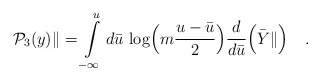
\begin{align*}{\cal P}_3(y)\|=\int\limits^u_{-\infty}d{\bar u}\,\log\Bigl(m\frac{u-{\bar u}}{2}\Bigr)\frac{d}{d{\bar u}}\Bigl({\bar Y}\|\Bigr)\quad .\end{align*}